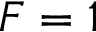
F = 1